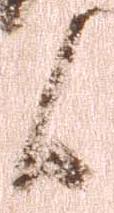
候